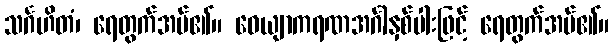
သင်္ဂဟိတံ၊ ရေတွက်အပ်၏။ ဝေယျာကရဏအင်္ဂါနှစ်ပါးဖြင့် ရေတွက်အပ်၏။